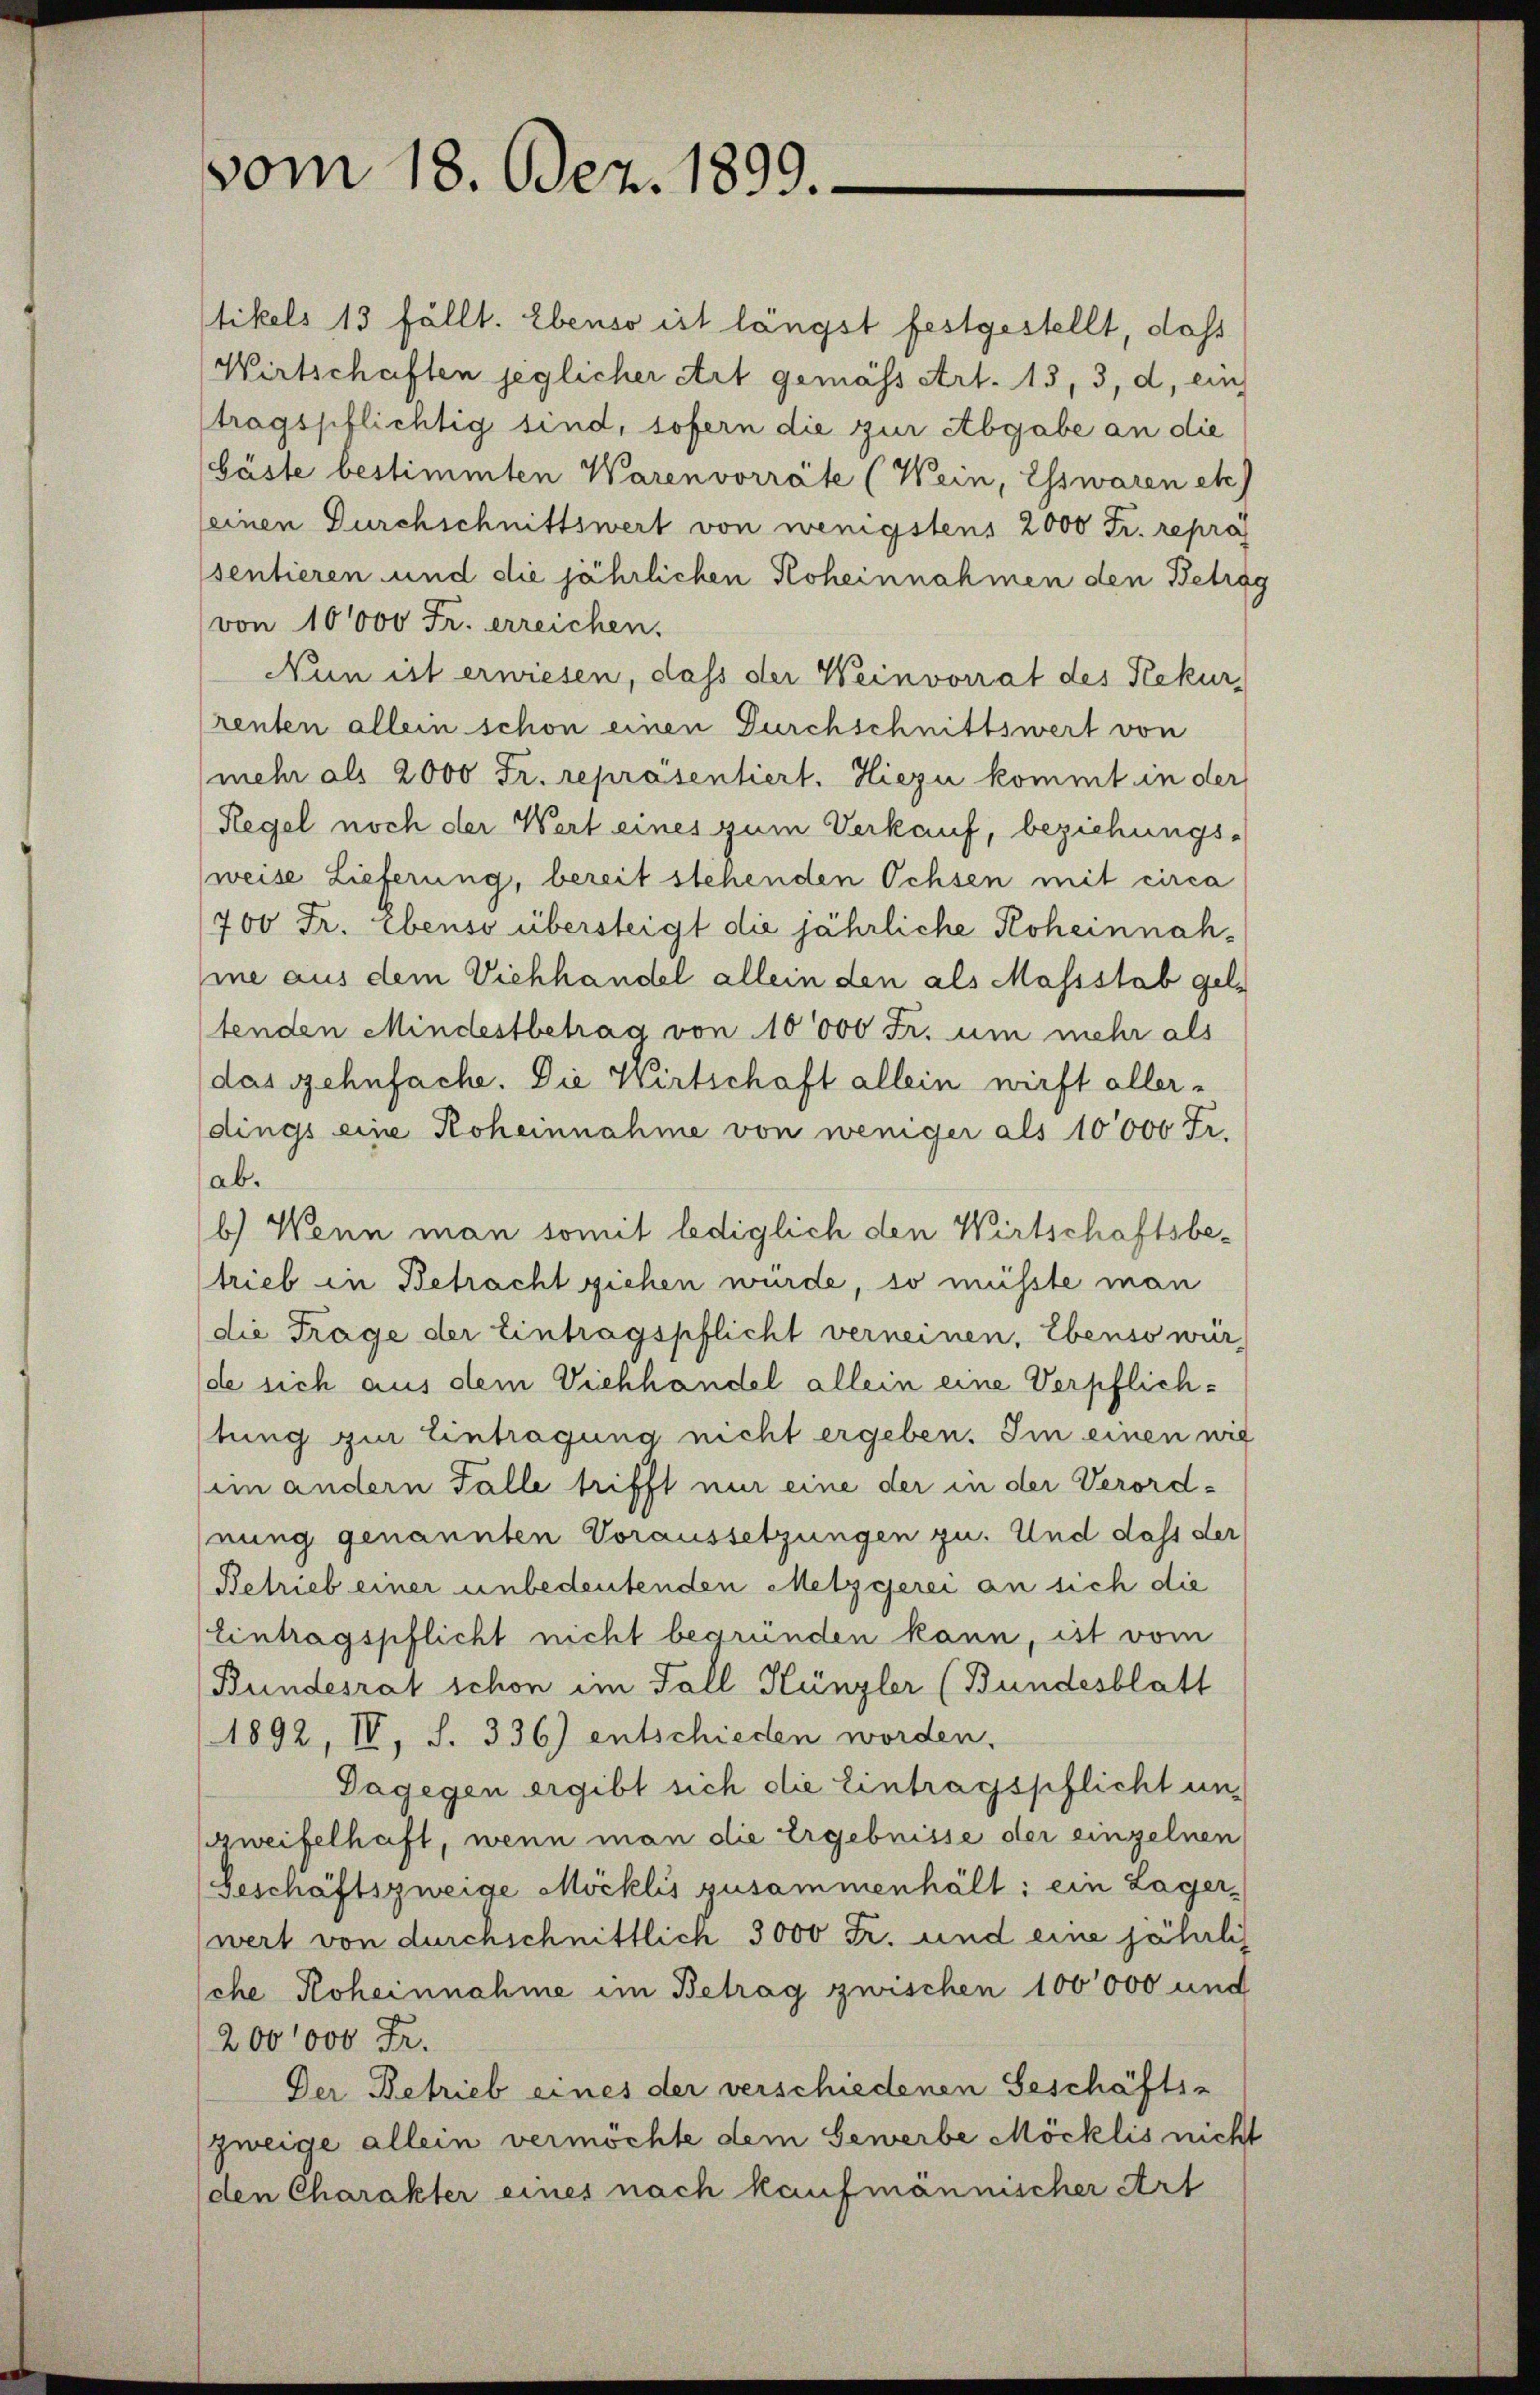
sentieren und die jährlichen Koheinnahmen den Betrag
von 10000 Fr. erreichen.
Nun ist erwiesen, dass der Weinvorrat des Rekurrenten allein schon einen Durchschnittswert von
mehr als 2000 Fr. repräsentiert. Hiezu kommt in der
Regel noch der Wert eines zum Verkauf, beziehungs-
(weise Lieferung, bereit stehenden Ochsen mit circa
700 Fr. Ebenso übersteigt die jährliche Roheinnahme aus dem Viehhandel allein den als Massstab geltenden Mindestbetrag von 10000 Fr. um mehr als
das gehnfache. Die Wirtschaft allein wirft allerdings eine Roheinnahme von weniger als 10000 Fr.
ab.
b) Wenn man somit lediglich den Wirtschaftsbe-
trieb in Betracht ziehen wurde, so müsste man
die Frage der Eintragspflicht verneinen, Ebenso wür
de sich aus dem Viehhandel allein eine Verpflichtung zur Eintragung nicht ergeben. Im einen wie
im andern Falle trifft nur eine der in der Verordnung genannten Voraussetzungen zu. Und dass der
Betrieb einer unbedeutenden Metzgerei an sich die
Eintragspflicht nicht begründen kann, ist vom
Bundesrat schon im Fall Künzler (Bundesblatt
1892, IV, S. 336) entschieden worden.
Dagegen ergibt sich die Eintragspflicht unzweifelhaft, wenn man die Ergebnisse der einzelnen
Geschäftszweige Möcklis zusammenhält: ein Lager,
wert von durchschnittlich 3000 Fr. und eine jährli
che Hoheinnahme im Betrag zwischen 100000 und
200000 Fr.
Der Betrieb eines der verschiedenen Geschäfts-
zweige allein vermöchte dem Gewerbe Möcklis nicht
den Charakter eines nach kaufmännischer Art

tikels 13 fällt. Ebenso ist längst festgestellt, daß
Wirtschaften jeglicher Art gemäss Art. 13, 3, d, ein
tragspflichtig sind, sofern die zur Abgabe an die
bäste bestimmten Warenvorräte (Wein, Esswaren etc.)
seinen Durchschnittswert von wenigstens 2000 Fr. repräs

vom 18. Dez. 1899